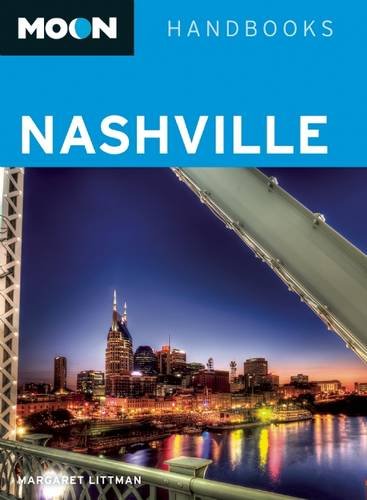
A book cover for Moon Nashville (Moon Handbooks); Margaret Littman; Travel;